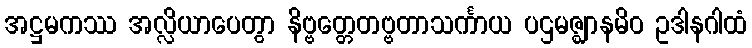
အဋ္ဌမကဿ အလ္လိယာပေတွာ နိဗ္ဗတ္တေတဗ္ဗတာသင်္ကာယ ပဌမဇ္ဈာနမိဝ ဥဒါနဂါထံ